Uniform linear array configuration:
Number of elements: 32
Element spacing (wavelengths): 0.5
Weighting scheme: cosine
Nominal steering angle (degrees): -15
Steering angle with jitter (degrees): -16.441
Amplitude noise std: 0.05
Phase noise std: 0.05

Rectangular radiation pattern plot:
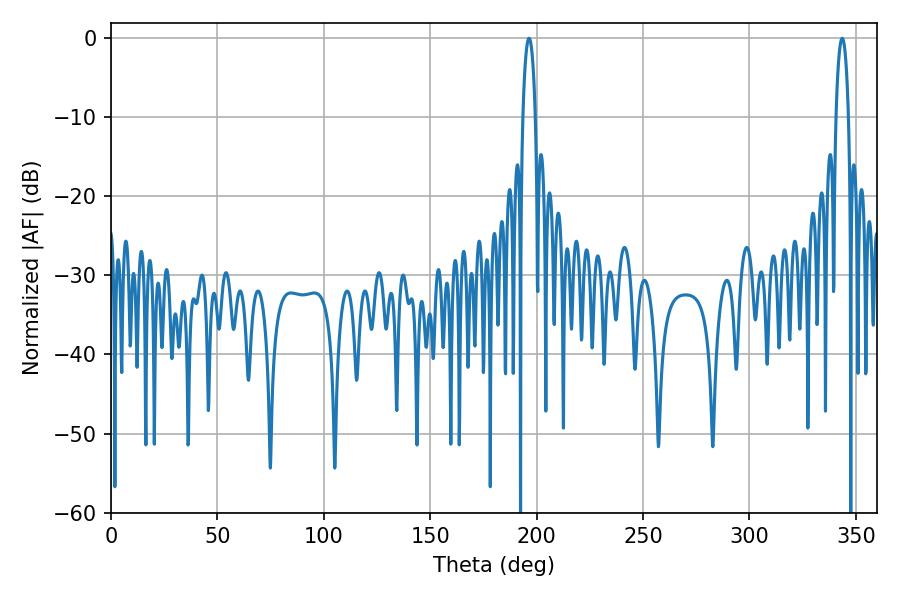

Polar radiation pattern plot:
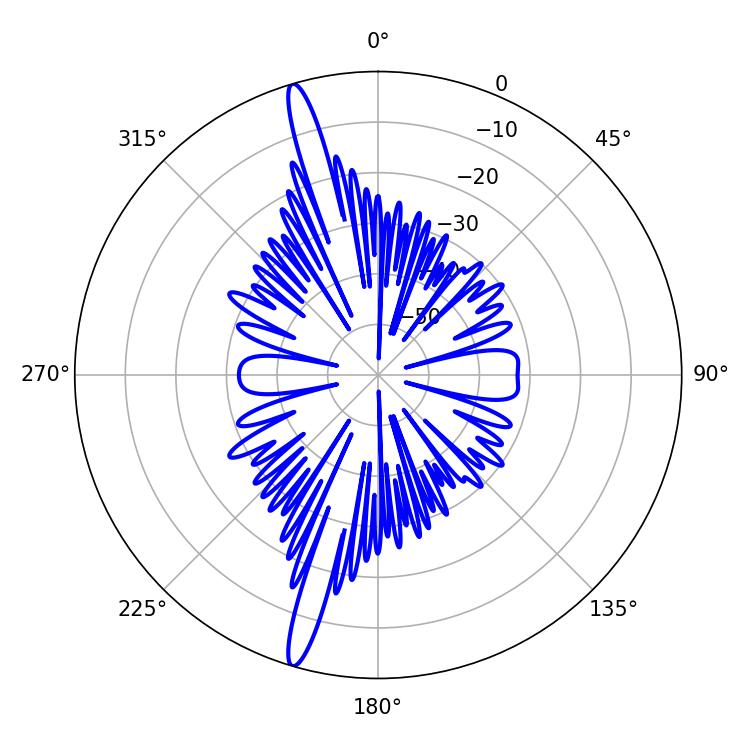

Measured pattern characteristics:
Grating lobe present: FALSE
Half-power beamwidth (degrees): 3.24
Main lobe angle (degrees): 196.38